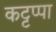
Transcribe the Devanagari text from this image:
कट्टप्पा